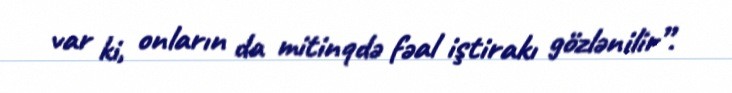
var ki, onların da mitinqdə fəal iştirakı gözlənilir”.